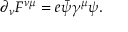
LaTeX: \partial _ { \nu } F ^ { \nu \mu } = e { \bar { \psi } } \gamma ^ { \mu } \psi .